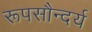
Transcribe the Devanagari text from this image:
रूपसौन्दर्य